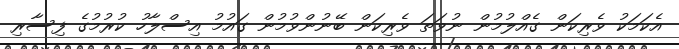
އެކަމަކު ވެރިކަން ގެއްލުމުން ނުވަތަ ވެރިކަން ބޭނުންވުމުން ގައުމު އިސްލާހު ކުުރުމުގެ ފިސާރި